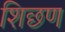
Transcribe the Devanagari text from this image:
शिछण